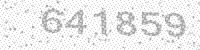
Solution: 641859